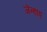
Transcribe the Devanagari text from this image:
जेन्हाए